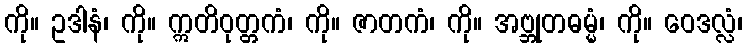
ကို။ ဥဒါနံ၊ ကို။ ဣတိဝုတ္တကံ၊ ကို။ ဇာတကံ၊ ကို။ အဗ္ဘုတဓမ္မံ၊ ကို။ ဝေဒလ္လံ၊